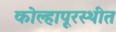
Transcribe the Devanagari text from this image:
कोल्हापूरस्थीत